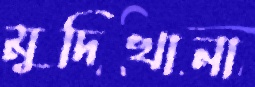
মুদিখানা